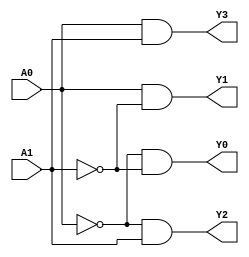
// Copyright (C) 2022  Intel Corporation. All rights reserved.
// Your use of Intel Corporation's design tools, logic functions 
// and other software and tools, and any partner logic 
// functions, and any output files from any of the foregoing 
// (including device programming or simulation files), and any 
// associated documentation or information are expressly subject 
// to the terms and conditions of the Intel Program License 
// Subscription Agreement, the Intel Quartus Prime License Agreement,
// the Intel FPGA IP License Agreement, or other applicable license
// agreement, including, without limitation, that your use is for
// the sole purpose of programming logic devices manufactured by
// Intel and sold by Intel or its authorized distributors.  Please
// refer to the applicable agreement for further details, at
// https://fpgasoftware.intel.com/eula.

// PROGRAM		"Quartus Prime"
// VERSION		"Version 22.1std.0 Build 915 10/25/2022 SC Lite Edition"
// CREATED		"Tue Mar 12 09:44:18 2024"

module decoder(
	A0,
	A1,
	Y0,
	Y1,
	Y2,
	Y3
);


input wire	A0;
input wire	A1;
output wire	Y0;
output wire	Y1;
output wire	Y2;
output wire	Y3;

wire	SYNTHESIZED_WIRE_4;
wire	SYNTHESIZED_WIRE_5;




assign	SYNTHESIZED_WIRE_4 =  ~A0;

assign	SYNTHESIZED_WIRE_5 =  ~A1;

assign	Y0 = SYNTHESIZED_WIRE_4 & SYNTHESIZED_WIRE_5;

assign	Y1 = A0 & SYNTHESIZED_WIRE_5;

assign	Y2 = SYNTHESIZED_WIRE_4 & A1;

assign	Y3 = A0 & A1;


endmodule